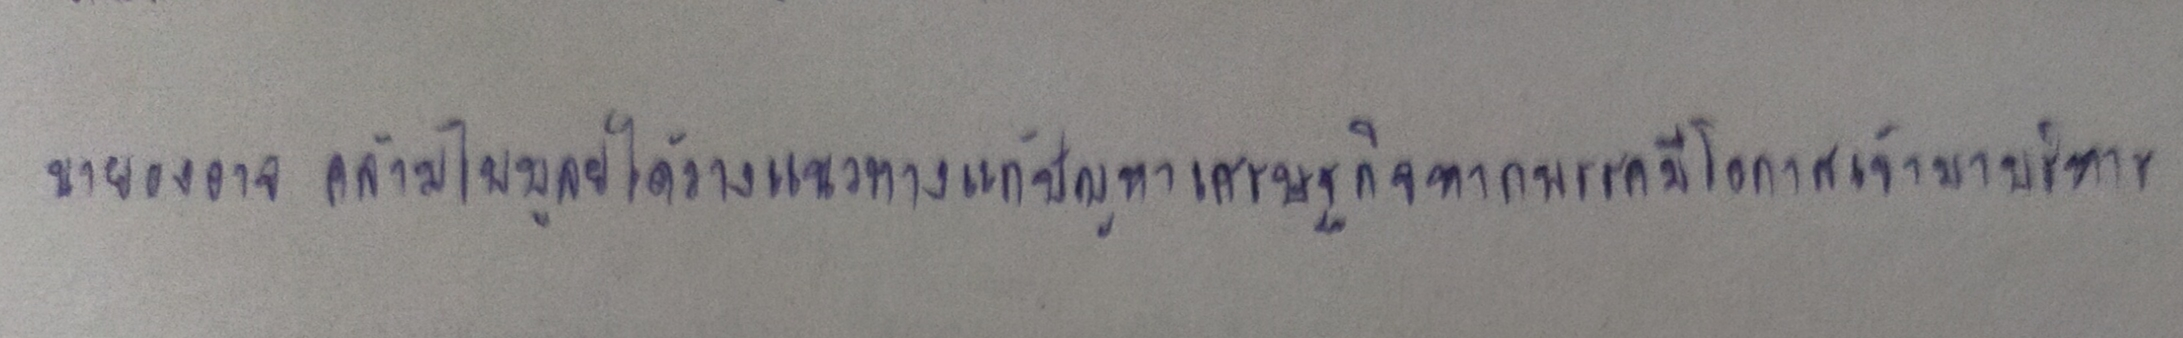
นายองอาจ คล้ามไพบูลย์ได้วางแนวทางแก้ปัญหาเศรษฐกิจหากพรรคมีโอกาสเข้ามาบริหาร